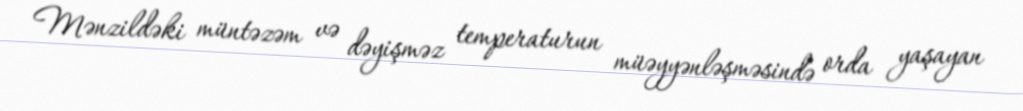
Mənzildəki müntəzəm və dəyişməz temperaturun müəyyənləşməsində orda yaşayan